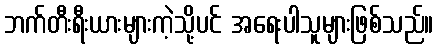
ဘက်တီးရီးယားများကဲ့သို့ပင် အရေးပါသူများဖြစ်သည်။